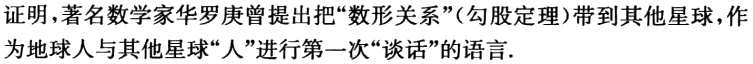
证明，著名数学家华罗庚曾提出把“数形关系”（勾股定理）带到其他星球，作为地球人与其他星球“人”进行第一次“谈话”的语言.